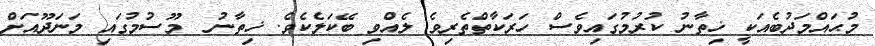
މުޙައްމަދުބެއަކީ ޚިތާނު ކުރުމުގައިވެސް ހަރަކާތްތެރިވެ ލެއްވި ބޭކަލެކެވެ. ޚިތާނު  މޫސުމުގައި މަނަދޫއަށް